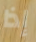
إذا